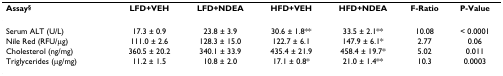
| Assay§ | LFD+VEH | LFD+NDEA | HFD+VEH | HFD+NDEA | F-Ratio | P-Value |
 | --- | --- | --- | --- | --- | --- | --- |
 | Serum ALT (U/L) | 17.3 ± 0.9 | 23.8 ± 3.9 | 30.6 ± 1.8** | 33.5 ± 2.1** | 10.08 | < 0.0001 |
 | Nile Red (RFU/μg) | 111.0 ± 2.6 | 128.3 ± 15.0 | 122.7 ± 6.1 | 147.9 ± 6.1* | 2.77 | 0.06 |
 | Cholesterol (ng/mg) | 360.5 ± 20.2 | 340.1 ± 33.9 | 435.4 ± 21.9 | 458.4 ± 19.7* | 5.02 | 0.011 |
 | Triglycerides (μg/mg) | 11.2 ± 1.5 | 10.8 ± 2.0 | 17.1 ± 0.8* | 21.0 ± 1.4** | 10.3 | 0.0003 |